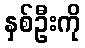
နှစ်ဦးကို